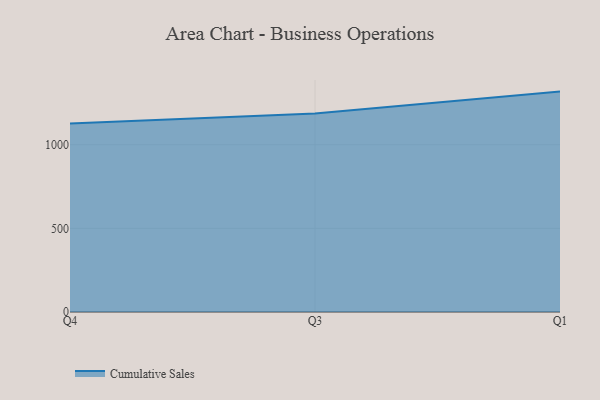
{"axis": {"x": "Quarter", "y": "Net Income (USD K)"}, "legend": ["Cumulative Sales"], "data": [{"x": "Q4", "y": 1126.7, "type": "Cumulative Sales"}, {"x": "Q3", "y": 1186.6, "type": "Cumulative Sales"}, {"x": "Q1", "y": 1317.7, "type": "Cumulative Sales"}]}